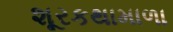
શૂરકથામાળા